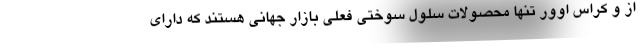
از و کراس اوور تنها محصولات سلول سوختی فعلی بازار جهانی هستند که دارای